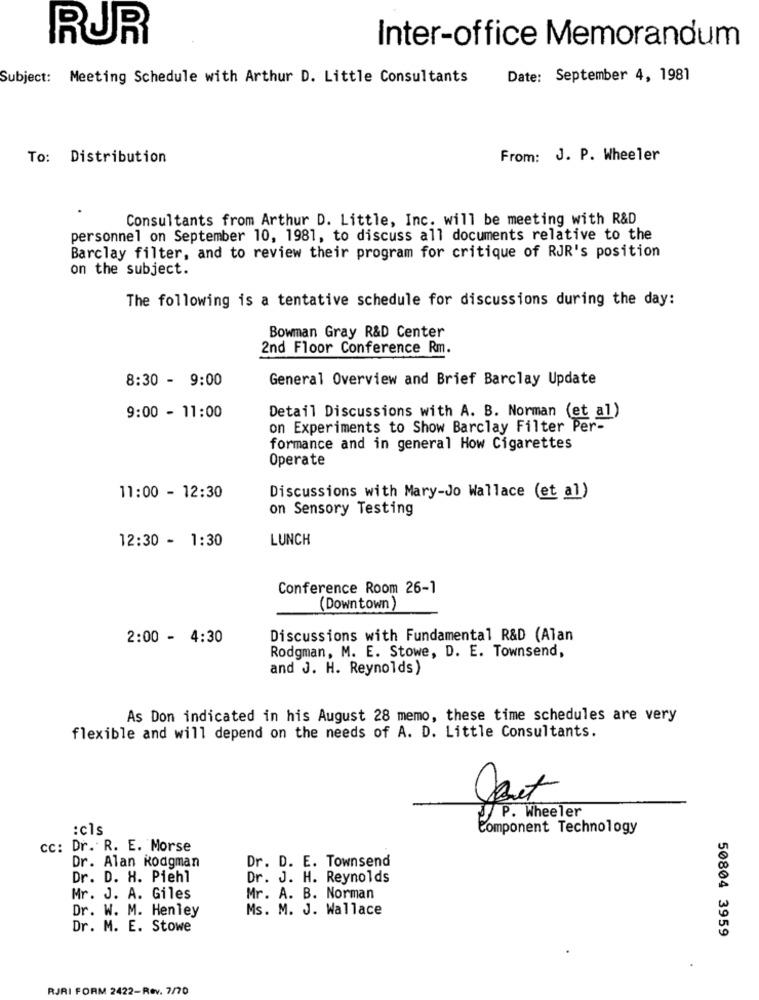
RUR
Inter-office Memorandum
Subject: Meeting Schedule with Arthur D. Little Consultants
Date: September 4, 1981
To: Distribution
From: J. P. Wheeler
Consultants from Arthur D. Little, Inc. will be meeting with R&D
personnel on September 10, 1981, to discuss all documents relative to the
Barclay filter, and to review their program for critique of RJR's position
on the subject.
The following is a tentative schedule for discussions during the day:
Bowman Gray R&D Center
2nd Floor Conference Rm.
8:30 - 9:00
General Overview and Brief Barclay Update
Detail Discussions with A. B. Norman (et al)
9:00 - 11:00
on Experiments to Show Barclay Filter Per-
formance and in general How Cigarettes
Operate
11:00 - 12:30
Discussions with Mary-Jo Wallace (et al)
on Sensory Testing
12:30 - 1:30
LUNCH
Conference Room 26-1
(Downtown
2:00 - 4:30
Discussions with Fundamental R&D (Alan
Rodgman, M. E. Stowe, D. E. Townsend,
and J. H. Reynolds)
As Don indicated in his August 28 memo, these time schedules are very
flexible and will depend on the needs of A. D. Little Consultants.
But
P. Wheeler
:cls
Component Technology
cc: Dr. R. E. Morse
Dr. D. E. Townsend
Dr. Alan Rodgman
Dr. D. H. Piehl
Dr. J. H. Reynolds
Mr. J. A. Giles
Mr. A. B. Norman
Dr. W. M. Henley
Ms. M. J. Wallace
Dr. M. E. Stowe
50804 3959
RJRI FORM 2422-Rev. 7/70